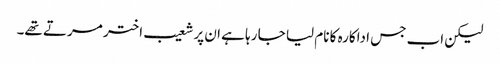
لیکن اب جس اداکارہ کا نام لیا جا رہا ہے ان پر شعیب اختر مرتے تھے۔